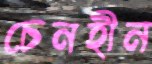
চেনহীন